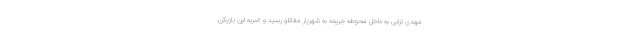
مهدی ترابی به داخل محوطه جریمه به شهریار مغانلو رسید و ضربه این بازیکن